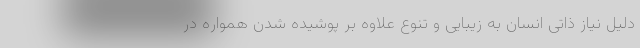
دلیل نیاز ذاتی انسان به زیبایی و تنوع علاوه بر پوشیده شدن همواره در